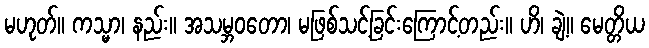
မဟုတ်။ ကသ္မာ၊ နည်း။ အသမ္ဘဝတော၊ မဖြစ်သင့်ခြင်းကြောင့်တည်း။ ဟိ၊ ချဲ့။ မေတ္တိယ